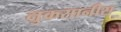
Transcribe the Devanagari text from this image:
नुकसानीस